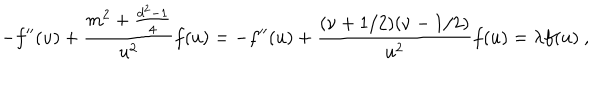
- f ^ { \prime \prime } ( u ) + \frac { m ^ { 2 } + \frac { d ^ { 2 } - 1 } 4 } { u ^ { 2 } } f ( u ) = - f ^ { \prime \prime } ( u ) + \frac { ( \nu + 1 / 2 ) ( \nu - 1 / 2 ) } { u ^ { 2 } } f ( u ) = \lambda f ( u ) \ ,